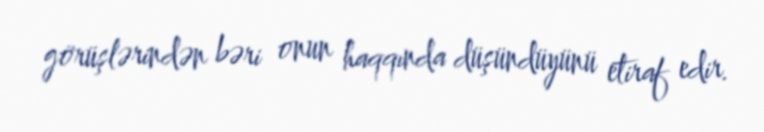
görüşlərindən bəri onun haqqında düşündüyünü etiraf edir.